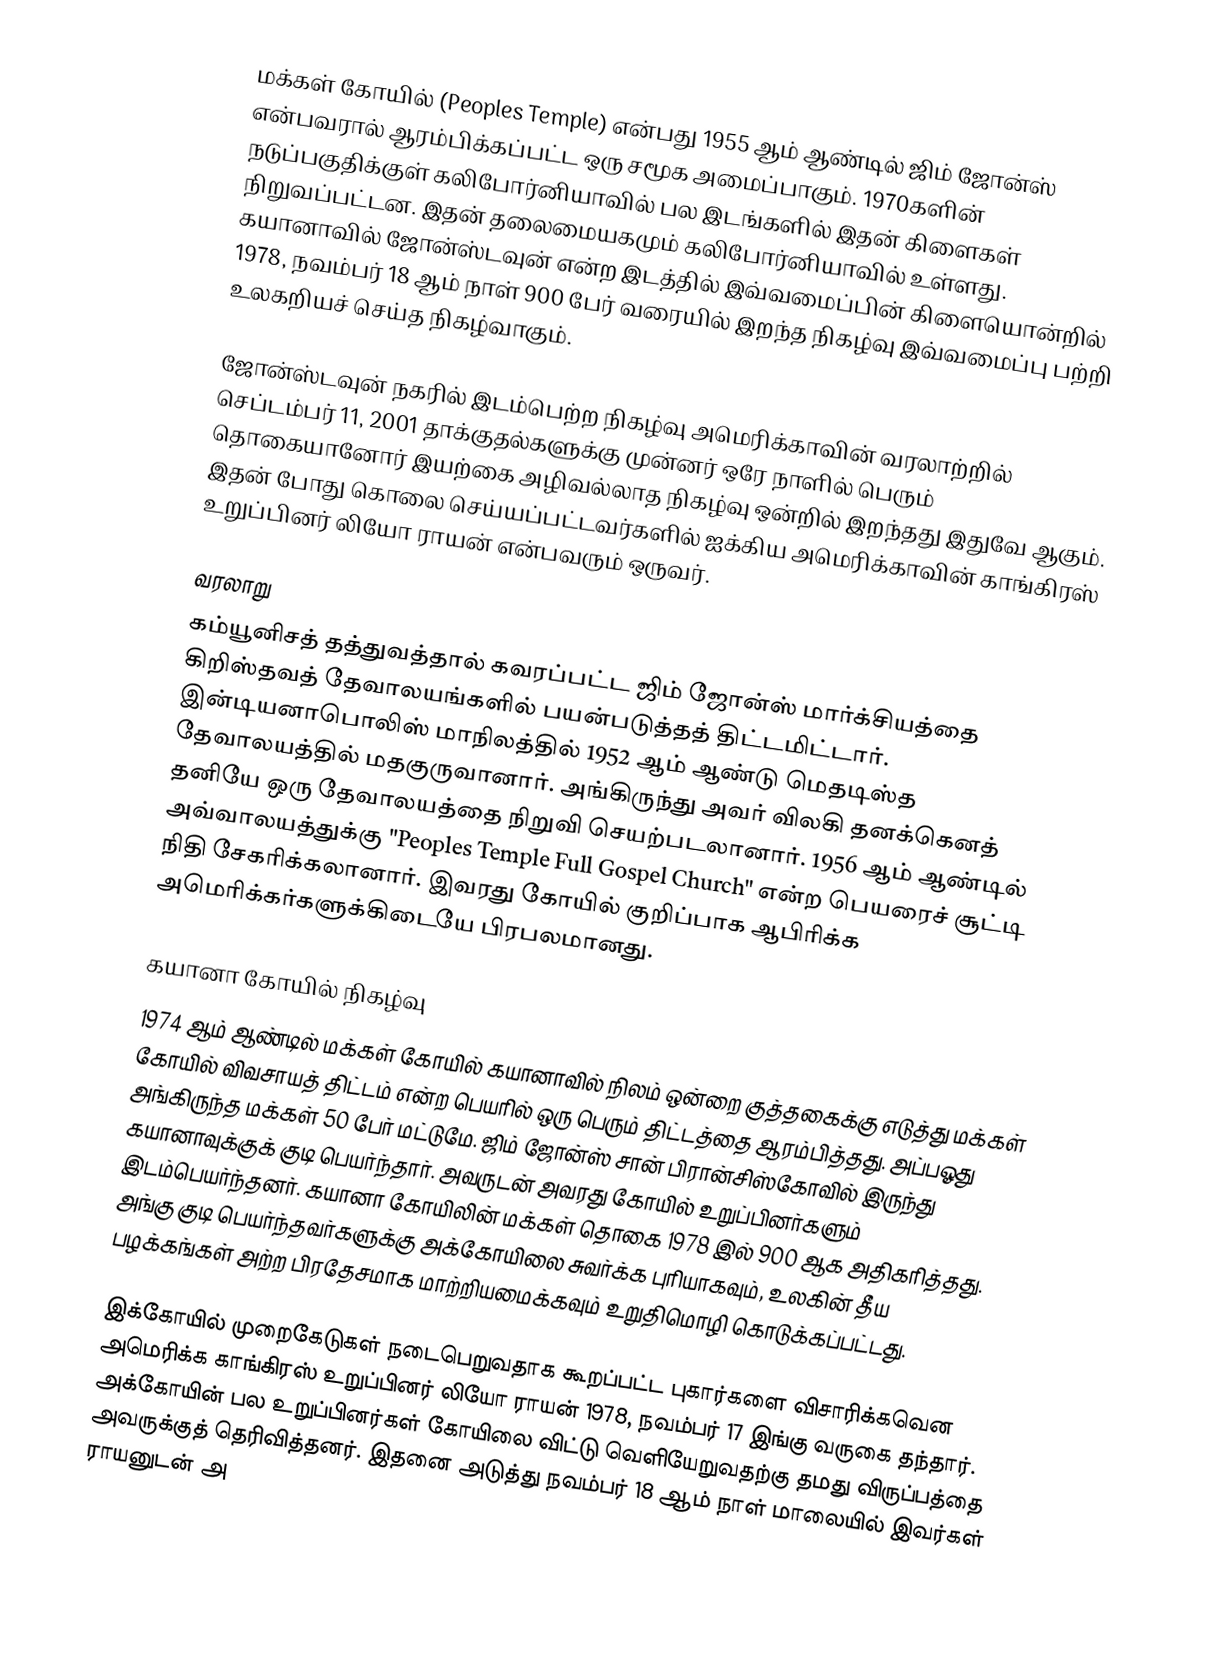
மக்கள் கோயில் (Peoples Temple) என்பது 1955 ஆம் ஆண்டில் ஜிம் ஜோன்ஸ் என்பவரால் ஆரம்பிக்கப்பட்ட ஒரு சமூக அமைப்பாகும். 1970களின் நடுப்பகுதிக்குள் கலிபோர்னியாவில் பல இடங்களில் இதன் கிளைகள் நிறுவப்பட்டன. இதன் தலைமையகமும் கலிபோர்னியாவில் உள்ளது. கயானாவில் ஜோன்ஸ்டவுன் என்ற இடத்தில் இவ்வமைப்பின் கிளையொன்றில் 1978, நவம்பர் 18 ஆம் நாள் 900 பேர் வரையில் இறந்த நிகழ்வு இவ்வமைப்பு பற்றி உலகறியச் செய்த நிகழ்வாகும்.

ஜோன்ஸ்டவுன் நகரில் இடம்பெற்ற நிகழ்வு அமெரிக்காவின் வரலாற்றில் செப்டம்பர் 11, 2001 தாக்குதல்களுக்கு முன்னர் ஒரே நாளில் பெரும் தொகையானோர் இயற்கை அழிவல்லாத நிகழ்வு ஒன்றில் இறந்தது இதுவே ஆகும். இதன் போது கொலை செய்யப்பட்டவர்களில் ஐக்கிய அமெரிக்காவின் காங்கிரஸ் உறுப்பினர் லியோ ராயன் என்பவரும் ஒருவர்.

வரலாறு
கம்யூனிசத் தத்துவத்தால் கவரப்பட்ட ஜிம் ஜோன்ஸ் மார்க்சியத்தை கிறிஸ்தவத் தேவாலயங்களில் பயன்படுத்தத் திட்டமிட்டார். இன்டியனாபொலிஸ் மாநிலத்தில் 1952 ஆம் ஆண்டு மெதடிஸ்த தேவாலயத்தில் மதகுருவானார். அங்கிருந்து அவர் விலகி தனக்கெனத் தனியே ஒரு தேவாலயத்தை நிறுவி செயற்படலானார். 1956 ஆம் ஆண்டில் அவ்வாலயத்துக்கு "Peoples Temple Full Gospel Church" என்ற பெயரைச் சூட்டி நிதி சேகரிக்கலானார். இவரது கோயில் குறிப்பாக ஆபிரிக்க அமெரிக்கர்களுக்கிடையே பிரபலமானது.

கயானா கோயில் நிகழ்வு
1974 ஆம் ஆண்டில் மக்கள் கோயில் கயானாவில் நிலம் ஒன்றை குத்தகைக்கு எடுத்து மக்கள் கோயில் விவசாயத் திட்டம் என்ற பெயரில் ஒரு பெரும் திட்டத்தை ஆரம்பித்தது. அப்பஓது அங்கிருந்த மக்கள் 50 பேர் மட்டுமே. ஜிம் ஜோன்ஸ் சான் பிரான்சிஸ்கோவில் இருந்து கயானாவுக்குக் குடி பெயர்ந்தார். அவருடன் அவரது கோயில் உறுப்பினர்களும் இடம்பெயர்ந்தனர். கயானா கோயிலின் மக்கள் தொகை 1978 இல் 900 ஆக அதிகரித்தது. அங்கு குடி பெயர்ந்தவர்களுக்கு அக்கோயிலை சுவர்க்க புரியாகவும், உலகின் தீய பழக்கங்கள் அற்ற பிரதேசமாக மாற்றியமைக்கவும் உறுதிமொழி கொடுக்கப்பட்டது.

இக்கோயில் முறைகேடுகள் நடைபெறுவதாக கூறப்பட்ட புகார்களை விசாரிக்கவென அமெரிக்க காங்கிரஸ் உறுப்பினர் லியோ ராயன் 1978, நவம்பர் 17 இங்கு வருகை தந்தார். அக்கோயின் பல உறுப்பினர்கள் கோயிலை விட்டு வெளியேறுவதற்கு தமது விருப்பத்தை அவருக்குத் தெரிவித்தனர். இதனை அடுத்து நவம்பர் 18 ஆம் நாள் மாலையில் இவர்கள் ராயனுடன் அ